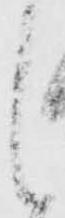
し